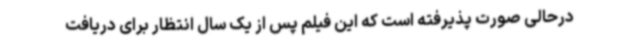
درحالی صورت پذیرفته است که این فیلم پس از یک سال انتظار برای دریافت